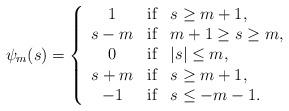
LaTeX: \begin{align*}\psi_m(s)=\left\{\begin{array}{ccl}1 & \mbox{if} & s\geq m+1, \\s-m & \mbox{if} & m+1\geq s\geq m, \\0 & \mbox{if} & |s|\leq m, \\s+m & \mbox{if} & s\geq m+1, \\-1 & \mbox{if} & s\leq -m-1. \\\end{array}\right.\end{align*}